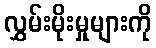
လွှမ်းမိုးမှုများကို